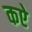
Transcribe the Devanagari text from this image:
कऐ